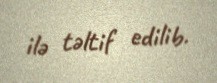
ilə təltif edilib.